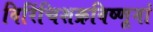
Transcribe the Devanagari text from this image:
विरिंचिशक्रविष्णूनां